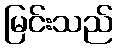
မြင်းသည်